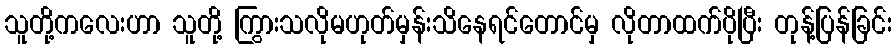
သူတို့ကလေးဟာ သူတို့ ကြွားသလိုမဟုတ်မှန်းသိနေရင်တောင်မှ လိုတာထက်ပိုပြီး တုန့်ပြန်ခြင်း